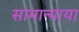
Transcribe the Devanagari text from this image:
सामान्याया